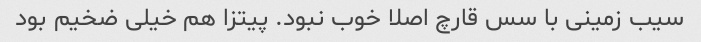
سیب زمینی با سس قارچ اصلا خوب نبود‌. پیتزا هم خیلی ضخیم بود